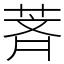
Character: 萕